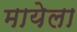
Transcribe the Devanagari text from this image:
मायेला